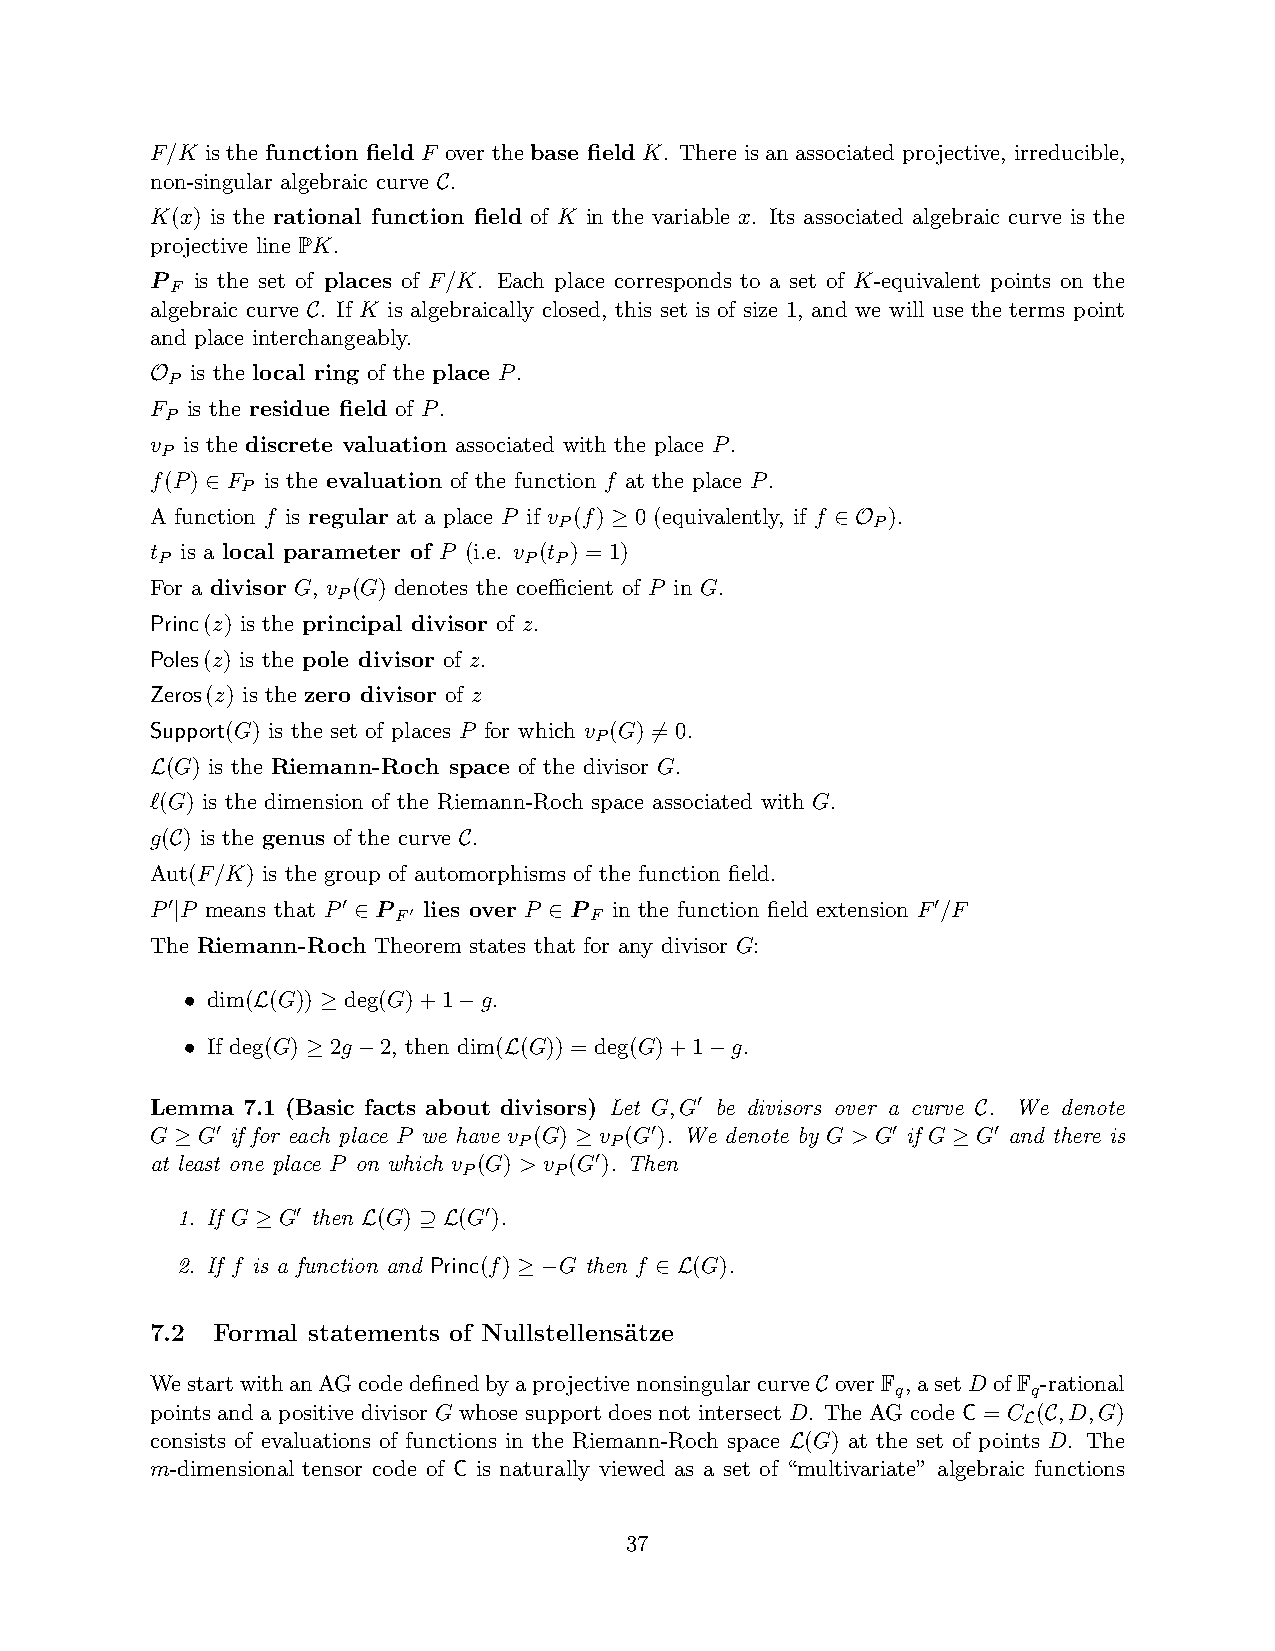
F/K is the function field F over the base field K. There is an associated projective, irreducible,
 non-singular algebraic curve .
 C
 K(x) is the rational function field of K in the variable x. Its associated algebraic curve is the
 projective line PK.
 P  is the set of places of F/K. Each place corresponds to a set of K-equivalent points on the
 F
 algebraic curve . If K is algebraically closed, this set is of size 1, and we will use the terms point
 C
 and place interchangeably.
 is the local ring of the place P.
 P
 O
 F is the residue field of P.
 P
 v is the discrete valuation associated with the place P.
 P
 f(P) F is the evaluation of the function f at the place P.
 P
 ∈
 A function f is regular at a place P if v (f) 0 (equivalently, if f ).
 P                    P
 ≥              ∈O
 t is a local parameter of P (i.e. v (t )= 1)
 P                        P P
 For a divisor G, v (G) denotes the coefficient of P in G.
 P
 Princ(z) is the principal divisor of z.
 Poles(z) is the pole divisor of z.
 Zeros(z) is the zero divisor of z
 Support(G) is the set of places P for which v (G) = 0.
 P
 6
 (G) is the Riemann-Roch space of the divisor G.
 L
 ℓ(G) is the dimension of the Riemann-Roch space associated with G.
 g( ) is the genus of the curve .
 C                  C
 Aut(F/K) is the group of automorphisms of the function field.
 P P means that P P lies over P P in the function field extension F /F
 ′           ′  F′           F                      ′
 |           ∈            ∈
 The Riemann-Roch Theorem states that for any divisor G:
 dim( (G)) deg(G)+1 g.
 •    L   ≥        −
 If deg(G) 2g 2, then dim( (G)) = deg(G)+1 g.
 •       ≥   −        L             −
 Lemma 7.1 (Basic facts about divisors) Let G,G be divisors over a curve . We denote
 ′
 C
 G  G if for each place P we have v (G) v (G). We denote by G > G if G G and there is
 ′                   P     P  ′               ′      ′
 ≥                         ≥                        ≥
 at least one place P on which v (G) > v (G). Then
 P     P ′
 1. If G G then (G) (G).
 ′           ′
 ≥      L   ⊇ L
 2. If f is a function and Princ(f) G then f (G).
 ≥ −      ∈ L
 7.2 Formal statements of Nullstellens¨atze
 WestartwithanAGcodedefinedbyaprojectivenonsingularcurve overFq,asetD ofFq-rational
 C
 points and a positive divisor G whose supportdoes not intersect D. The AG code C= C ( ,D,G)
 L C
 consists of evaluations of functions in the Riemann-Roch space (G) at the set of points D. The
 L
 m-dimensional tensor code of C is naturally viewed as a set of “multivariate” algebraic functions
 37